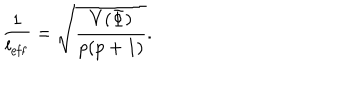
\frac { 1 } { l _ { \mathrm { e f f } } } = \sqrt { \frac { V ( \Phi ) } { p ( p + 1 ) } } .